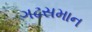
ગઢસમાન